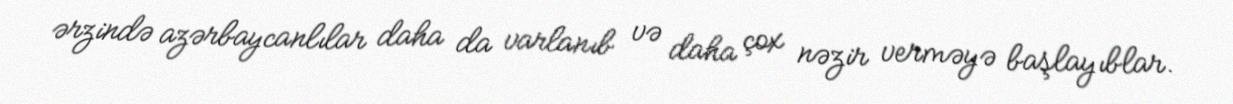
ərzində azərbaycanlılar daha da varlanıb və daha çox nəzir verməyə başlayıblar.